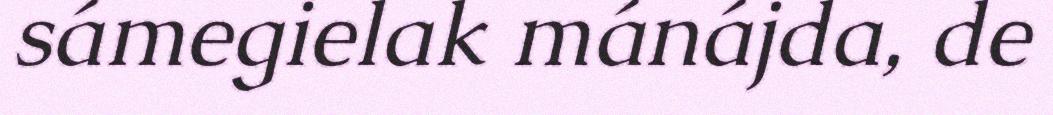
sámegielak mánájda, de